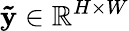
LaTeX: \mathbf{\tilde{y}}\in\mathbb{R}^{H\times W}